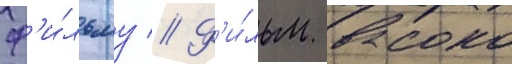
ф'и́льму // Ф'и́льм высоко